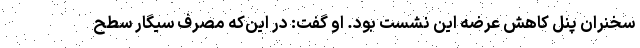
سخنران پنل کاهش عرضه این نشست بود. او گفت: در این‌که مصرف سیگار سطح